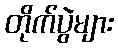
တိုက်ပွဲများ